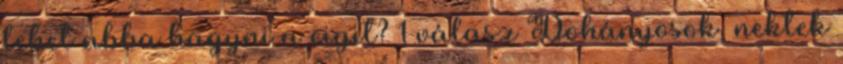
lehet abba hagyni a cigit? 1 válasz Dohányosok, nektek